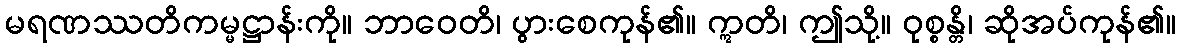
မရဏဿတိကမ္မဋ္ဌာန်းကို။ ဘာဝေတိ၊ ပွားစေကုန်၏။ ဣတိ၊ ဤသို့။ ဝုစ္စန္တိ၊ ဆိုအပ်ကုန်၏။